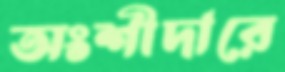
অংশীদারে